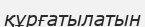
құрғатылатын